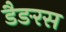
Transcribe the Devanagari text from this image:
डैङरस